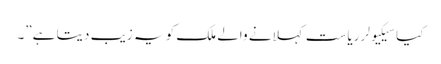
کیا سیکیولر ریاست کہلانے والے ملک کو یہ زیب دیتا ہے”۔